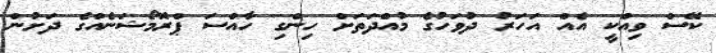
ކޭސް ވިއްކީ އެއް އަހަރު ދުވަހުގެ މުއްދަތަށް ހިންގި ހާއްސަ ޕްރޮމޯޝަނެއްގެ ދަށުން